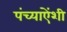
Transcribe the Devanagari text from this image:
पंच्याऐंशी